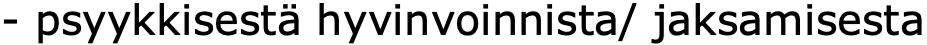
- psyykkisestä hyvinvoinnista/ jaksamisesta